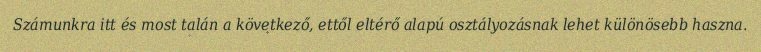
Számunkra itt és most talán a következő, ettől eltérő alapú osztályozásnak lehet különösebb haszna.